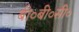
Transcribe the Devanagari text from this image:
बी०बी०सी०